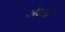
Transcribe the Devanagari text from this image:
ऑटली